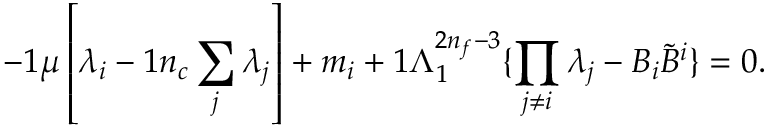
- { 1 \o \mu } \left[ \lambda _ { i } - { 1 \o n _ { c } } \sum _ { j } \lambda _ { j } \right] + m _ { i } + { 1 \o \Lambda _ { 1 } ^ { 2 n _ { f } - 3 } } \{ \prod _ { j \ne i } \lambda _ { j } - B _ { i } { \tilde { B } } ^ { i } \} = 0 .